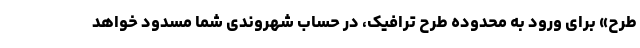
طرح» برای ورود به محدوده طرح ترافیک، در حساب شهروندی شما مسدود خواهد